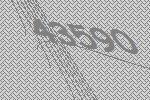
43590